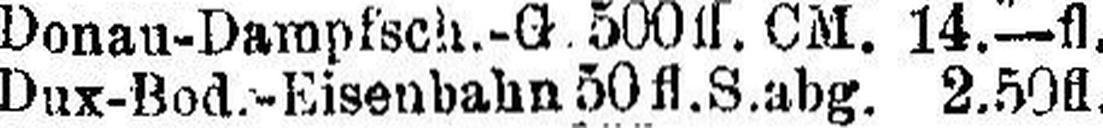
Dux-Bod.-Eisenbahn 50 fl. S. abg. 2.50fl.